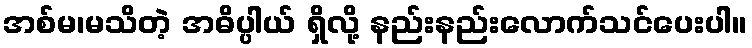
အစ်မ၊မသိတဲ့ အဓိပ္ပါယ် ရှိလို့ နည်းနည်းလောက်သင်ပေးပါ။